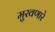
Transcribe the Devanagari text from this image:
मुरवणारे